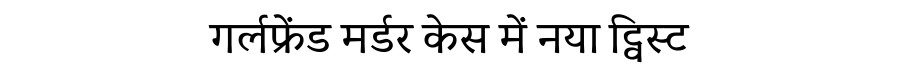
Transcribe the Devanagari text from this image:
गर्लफ्रेंड मर्डर केस में नया ट्विस्ट